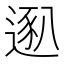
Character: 𫐴